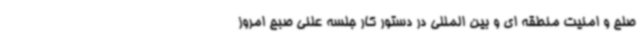
صلح و امنیت منطقه ای و بین المللی در دستور کار جلسه علنی صبح امروز